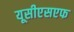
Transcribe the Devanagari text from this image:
यूसीएसएफ